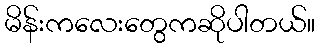
မိန်းကလေးတွေကဆိုပါတယ်။